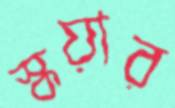
স্কয়ার